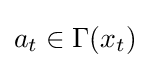
a_{t}\in \Gamma (x_{t})